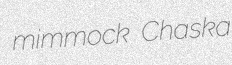
mimmock Chaska